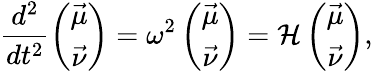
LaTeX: \frac{d^{2}}{dt^{2}}\left(\begin{array}{c}{\vec{\mu}}\\ {\vec{\nu}}\end{array}\right)=\omega^{2}\left(\begin{array}{c}{\vec{\mu}}\\ {\vec{\nu}}\end{array}\right)=\mathcal{H}\left(\begin{array}{c}{\vec{\mu}}\\ {\vec{\nu}}\end{array}\right),